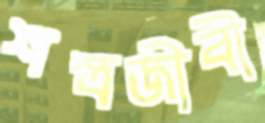
শস্ত্রজীবী